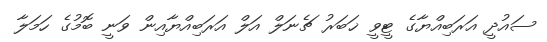
ސައުދީ އަރަބިއްޔާގެ ޓީވީ ޚަބަރު ޗެނަލް އަލް އަރަބިއްޔާއިން ވަނީ ބޮމުގެ ހަމަލާ